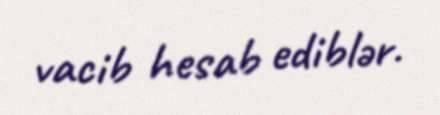
vacib hesab ediblər.